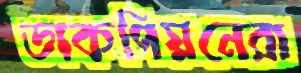
ডাকপিয়নেরা